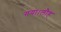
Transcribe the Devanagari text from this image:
गया।लौह